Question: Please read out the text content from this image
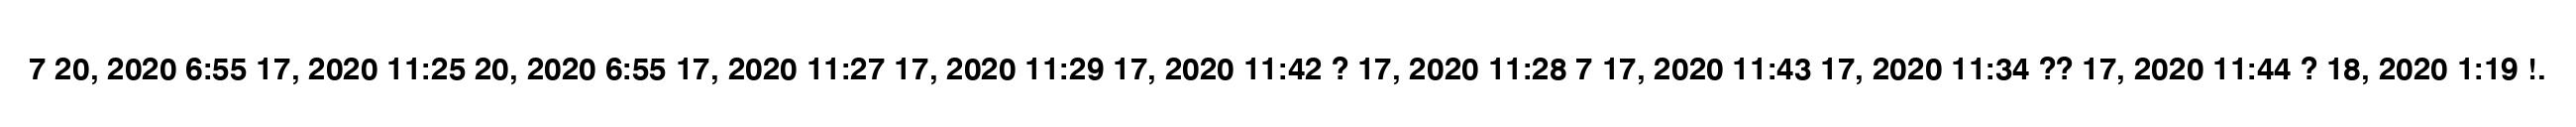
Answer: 7 20, 2020 6:55 17, 2020 11:25 20, 2020 6:55 17, 2020 11:27 17, 2020 11:29 17, 2020 11:42 ? 17, 2020 11:28 7 17, 2020 11:43 17, 2020 11:34 ?? 17, 2020 11:44 ? 18, 2020 1:19 !.